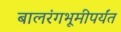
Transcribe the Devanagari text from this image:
बालरंगभूमीपर्यंत